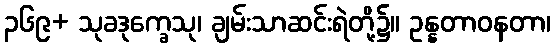
၃၆၉+ သုခဒုက္ခေသု၊ ချမ်းသာဆင်းရဲတို့၌။ ဥန္နတာဝနတာ၊